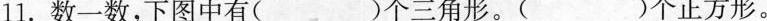
11.数一数，下图中有( )个三角形。()个正方形。